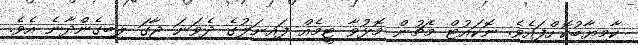
ކާމިޔާބުކޮށްފައެވެ. ނޮކައުޓް މެޗުން މޮޅުވާ ޓީމެއް ފައިނަލުގެ ދެވަނަ ޖާގަ ލިބިގެންދާނެ އެވެ.